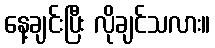
နေ့ချင်းပြီး လိုချင်သလား။